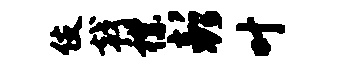
伎戟襟彭叶